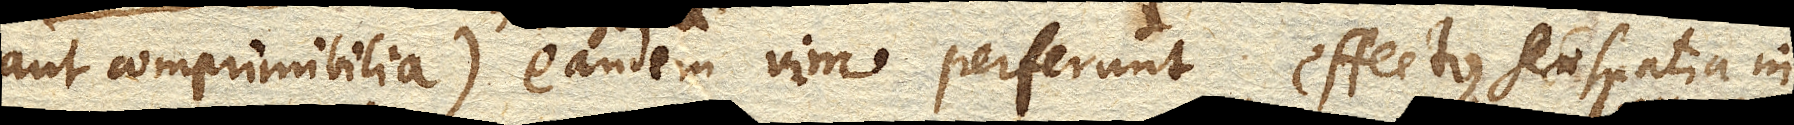
aut comprimibilia) eandem vim perferunt, effectus seu spatia in